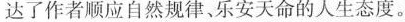
达了作者顺应自然规律、乐安天命的人生态度。